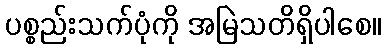
ပစ္စည်းသက်ပုံကို အမြဲသတိရှိပါစေ။